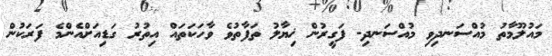
މައުލޫމާތު މުއްސަނދިވި މުއްސަނދި- ފަގީރުން ޚިޔާލު ތަފާތުވެ ވާހަކަތައް އިތުރު ގަޑިއަށްއެންމެ ފަރަކުން